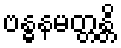
ဗန္ဓနမတ္တန္တိ